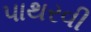
પાથરવી